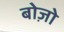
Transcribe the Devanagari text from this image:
बोज़ो